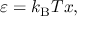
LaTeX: \varepsilon = k _ { \mathrm { B } } T x ,